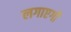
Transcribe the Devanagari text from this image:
लगाएगी